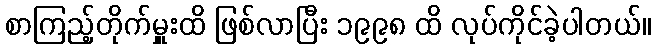
စာကြည့်တိုက်မှူးထိ ဖြစ်လာပြီး ၁၉၉၈ ထိ လုပ်ကိုင်ခဲ့ပါတယ်။